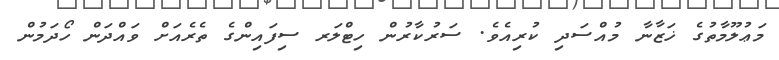
މަޢުލޫމާތުގެ ޚަޒާނާ މުއްސަދި ކުރިއެވެ. ސަރުކާރުން ހިޓްލަރ ސިފައިންގެ ތެރެއަށް ވައްދަން ހޯދަމުން